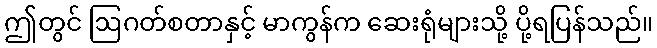
ဤတွင် ဩဂတ်စတာနှင့် မာကွန်က ဆေးရုံများသို့ ပို့ရပြန်သည်။